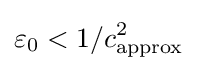
\varepsilon _{0}<1/c_{\text{approx}}^{2}